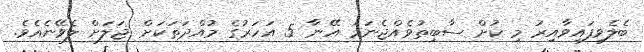
ބެލެވިފައިވާއިރު މި ކުށް ސާބިތުވެއްޖެނަމަ އޭނާ 5 އަހަރުގެ މުއްދަތަކަށް ޖަލަށް ލެވޭނެއެވެ.